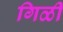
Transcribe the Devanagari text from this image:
गिळी